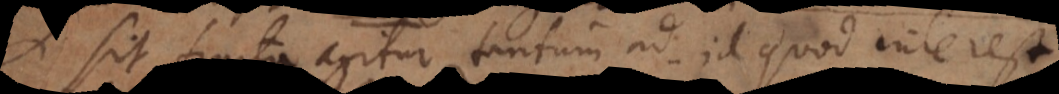
si sit agitur tantum ad id quod interes